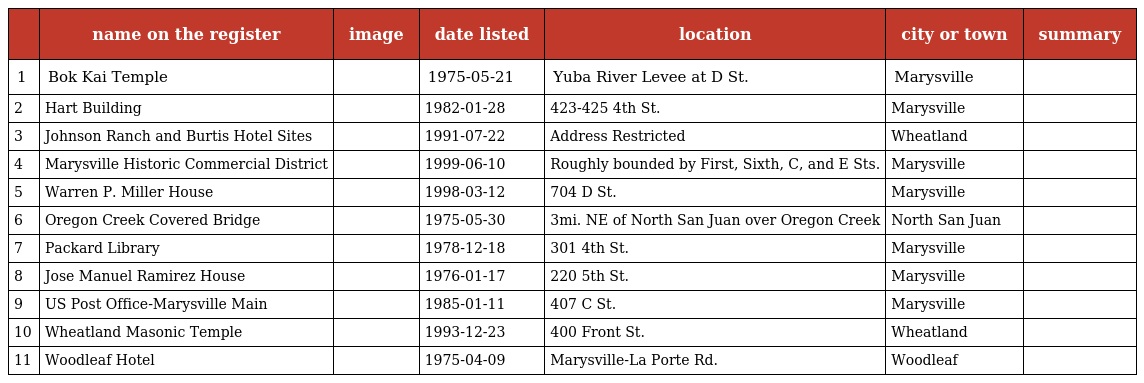
|  | name on the register | image | date listed | location | city or town | summary |
 | --- | --- | --- | --- | --- | --- | --- |
 | 1 | Bok Kai Temple |  | 1975-05-21 | Yuba River Levee at D St. | Marysville |  |
 | 2 | Hart Building |  | 1982-01-28 | 423-425 4th St. | Marysville |  |
 | 3 | Johnson Ranch and Burtis Hotel Sites |  | 1991-07-22 | Address Restricted | Wheatland |  |
 | 4 | Marysville Historic Commercial District |  | 1999-06-10 | Roughly bounded by First, Sixth, C, and E Sts. | Marysville |  |
 | 5 | Warren P. Miller House |  | 1998-03-12 | 704 D St. | Marysville |  |
 | 6 | Oregon Creek Covered Bridge |  | 1975-05-30 | 3mi. NE of North San Juan over Oregon Creek | North San Juan |  |
 | 7 | Packard Library |  | 1978-12-18 | 301 4th St. | Marysville |  |
 | 8 | Jose Manuel Ramirez House |  | 1976-01-17 | 220 5th St. | Marysville |  |
 | 9 | US Post Office-Marysville Main |  | 1985-01-11 | 407 C St. | Marysville |  |
 | 10 | Wheatland Masonic Temple |  | 1993-12-23 | 400 Front St. | Wheatland |  |
 | 11 | Woodleaf Hotel |  | 1975-04-09 | Marysville-La Porte Rd. | Woodleaf |  |